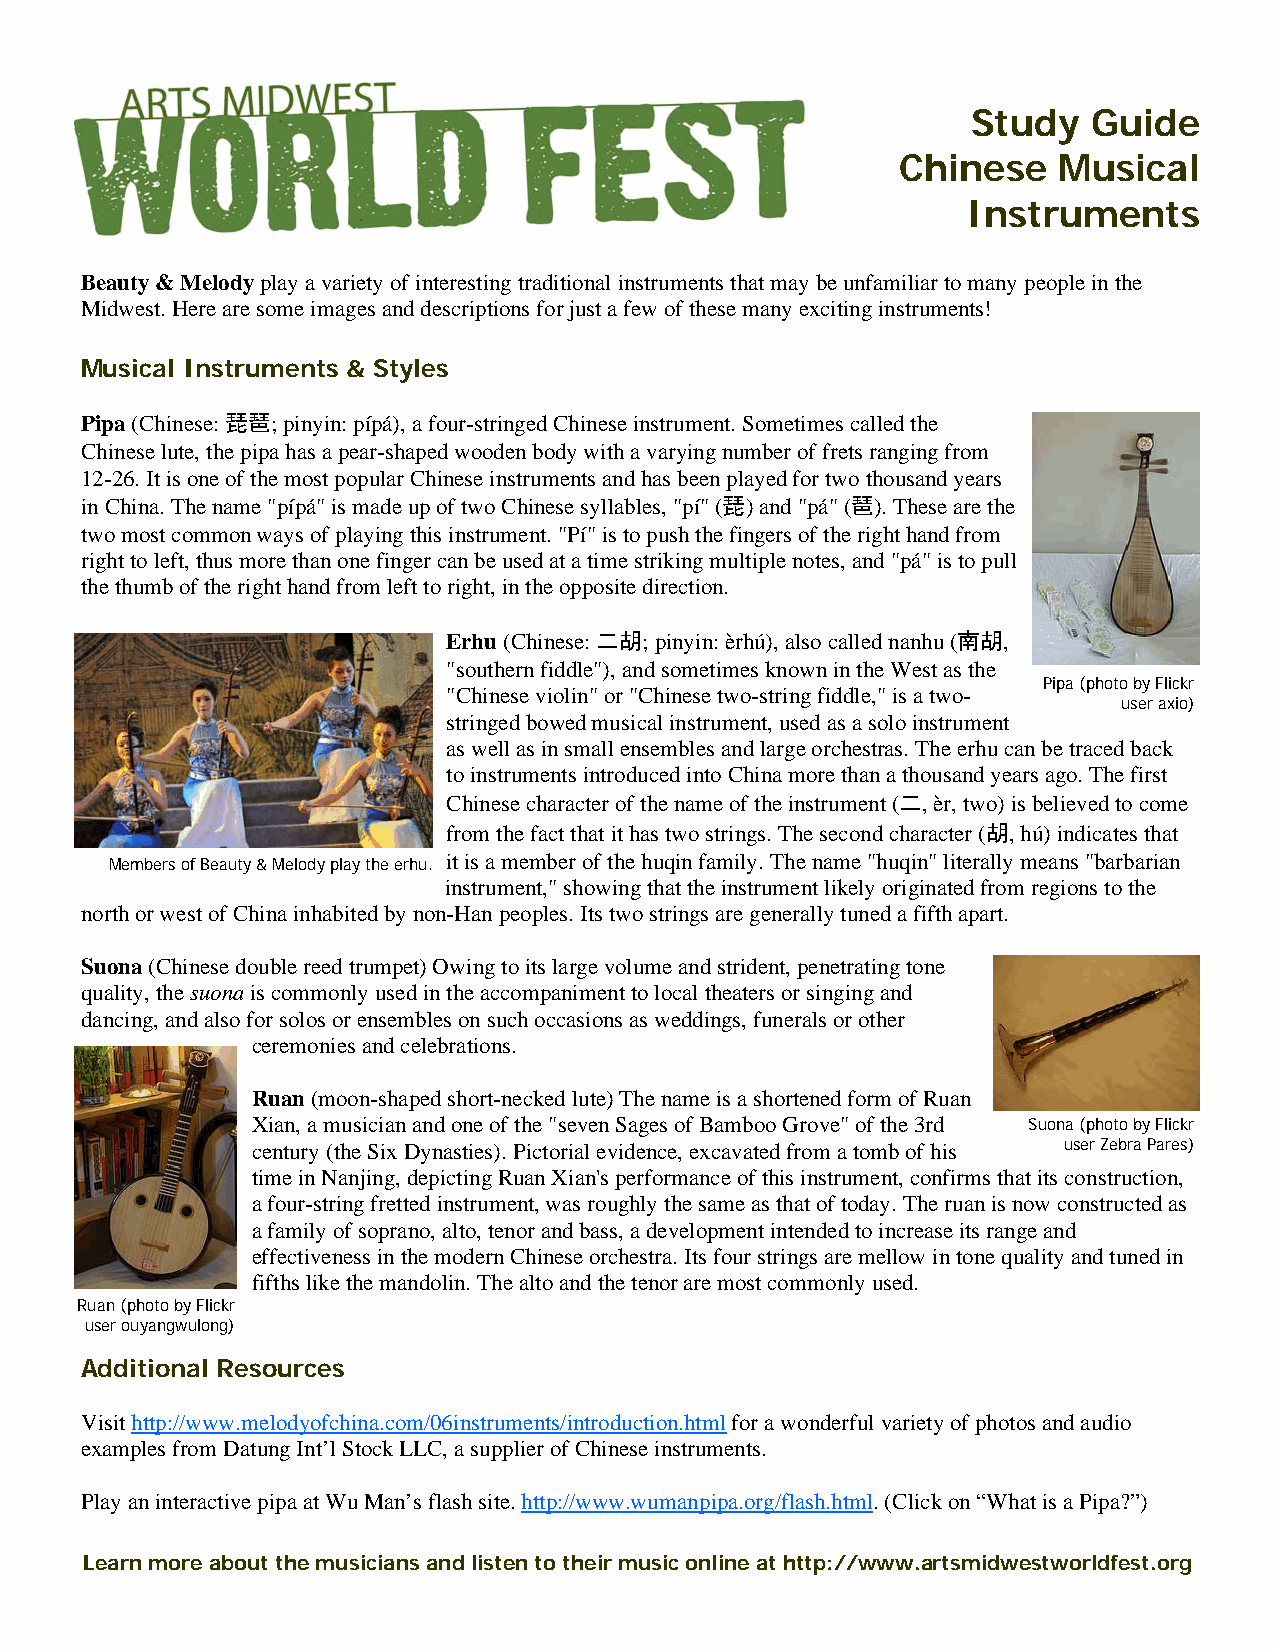
Study   Guide
 Chinese   Musical
 Instruments
 Beauty & Melody play a variety of interesting traditional instruments that may be unfamiliar to many people in the
 Midwest. Here are some images and descriptions for just a few of these many exciting instruments!
 Musical Instruments & Styles
 Pipa (Chinese: 琵琶; pinyin: pípá), a four-stringed Chinese instrument. Sometimes called the
 Chinese lute, the pipa has a pear-shaped wooden body with a varying number of frets ranging from
 12-26. It is one of the most popular Chinese instruments and has been played for two thousand years
 in China. The name "pípá" is made up of two Chinese syllables, "pí" (琵) and "pá" (琶). These are the
 two most common ways of playing this instrument. "Pí" is to push the fingers of the right hand from
 right to left, thus more than one finger can be used at a time striking multiple notes, and "pá" is to pull
 the thumb of the right hand from left to right, in the opposite direction.
 Erhu (Chinese: 二胡; pinyin: èrhú), also called nanhu (南胡,
 "southern fiddle"), and sometimes known in the West as the
 Pipa (photo by Flickr
 "Chinese violin" or "Chinese two-string fiddle," is a two-
 user axio)
 stringed bowed musical instrument, used as a solo instrument
 as well as in small ensembles and large orchestras. The erhu can be traced back
 to instruments introduced into China more than a thousand years ago. The first
 Chinese character of the name of the instrument (二, èr, two) is believed to come
 from the fact that it has two strings. The second character (胡, hú) indicates that
 Members of Beauty & Melody play the erhu. it is a member of the huqin family. The name "huqin" literally means "barbarian
 instrument," showing that the instrument likely originated from regions to the
 north or west of China inhabited by non-Han peoples. Its two strings are generally tuned a fifth apart.
 Suona (Chinese double reed trumpet) Owing to its large volume and strident, penetrating tone
 quality, the suona is commonly used in the accompaniment to local theaters or singing and
 dancing, and also for solos or ensembles on such occasions as weddings, funerals or other
 ceremonies and celebrations.
 Ruan (moon-shaped short-necked lute) The name is a shortened form of Ruan
 Xian, a musician and one of the "seven Sages of Bamboo Grove" of the 3rd Suona (photo by Flickr
 century (the Six Dynasties). Pictorial evidence, excavated from a tomb of his user Zebra Pares)
 time in Nanjing, depicting Ruan Xian's performance of this instrument, confirms that its construction,
 a four-string fretted instrument, was roughly the same as that of today. The ruan is now constructed as
 a family of soprano, alto, tenor and bass, a development intended to increase its range and
 effectiveness in the modern Chinese orchestra. Its four strings are mellow in tone quality and tuned in
 fifths like the mandolin. The alto and the tenor are most commonly used.
 Ruan (photo by Flickr
 user ouyangwulong)
 Additional Resources
 Visit http://www.melodyofchina.com/06instruments/introduction.html for a wonderful variety of photos and audio
 examples from Datung Int’l Stock LLC, a supplier of Chinese instruments.
 Play an interactive pipa at Wu Man’s flash site. http://www.wumanpipa.org/flash.html. (Click on “What is a Pipa?”)
 Learn more about the musicians and listen to their music online at http://www.artsmidwestworldfest.org